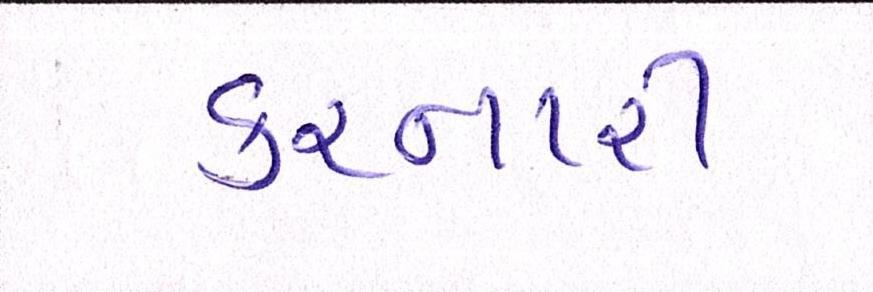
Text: કરનારી